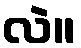
လဲ။